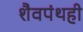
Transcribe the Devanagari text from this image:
शैवपंथही